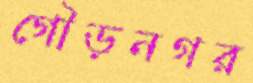
গৌড়নগর